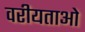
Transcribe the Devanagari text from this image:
वरीयताओ